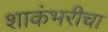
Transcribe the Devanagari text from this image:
शाकंभरीचा